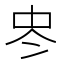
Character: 𠗀